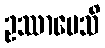
ဥဿာပေသိ